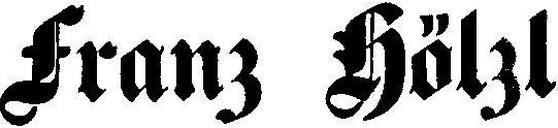
Franz Hölzl